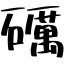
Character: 礪